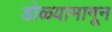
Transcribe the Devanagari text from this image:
डोळ्यामागून